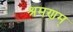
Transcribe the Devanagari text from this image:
श्रमणम्